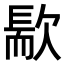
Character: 𣤀